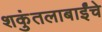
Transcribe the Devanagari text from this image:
शकुंतलाबाईंचे